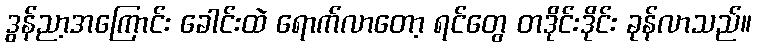
ဒွန်ညာ့အကြောင်း ခေါင်းထဲ ရောက်လာတော့ ရင်တွေ တဒိုင်းဒိုင်း ခုန်လာသည်။